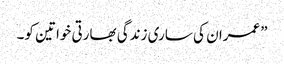
”عمران کی ساری زندگی بھارتی خواتین کو۔